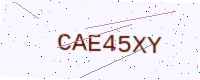
Text: CAE45XY